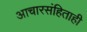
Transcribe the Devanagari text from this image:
आचारसंहिताही